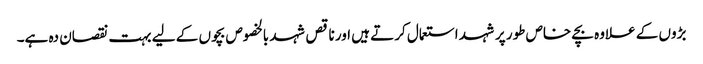
بڑوں کے علاوہ بچے خاص طور پر شہد استعمال کرتے ہیں اور ناقص شہد بالخصوص بچوں کے لیے بہت نقصان دہ ہے۔